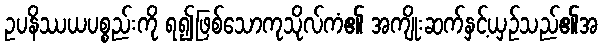
ဥပနိဿယပစ္စည်းကို ရ၍ဖြစ်သောကုသိုလ်ကံ၏ အကျိုးဆက်နှင့်ယှဉ်သည်၏အ